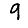
Digit: 9